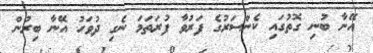
އޭނާ ބުނި ގޮތުގައި ކެންސަރުގެ ފަރުވާ ފުރަތަމަ ނެގި ދުވަހު އޭނާ ބިރުން